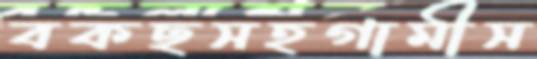
বকছসহগামীস